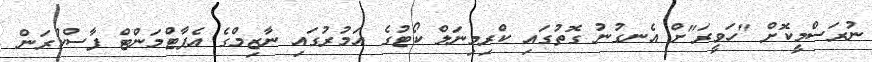
ނުރަސްމީކޮށް "ހަވީރަ"ށް އެނގުނު ގޮތުގައި ކްރިމިނަލް ކޯޓުގެ އަމުރުގައި ނާޒިމްގެ އެޕާޓްމަންޓް ފާސްކުރަން